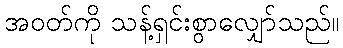
အဝတ်ကို သန့်ရှင်းစွာလျှော်သည်။